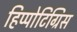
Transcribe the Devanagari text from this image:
हिप्पोटिग्रिस